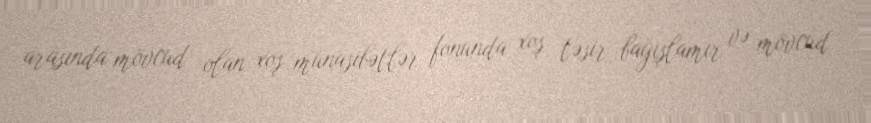
arasında mövcud olan xoş münasibətlər fonunda xoş təsir bağışlamır və mövcud